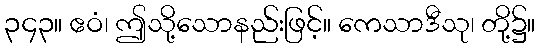
၃၄၃။ ဧဝံ၊ ဤသို့သောနည်းဖြင့်။ ကေသာဒီသု၊ တို့၌။